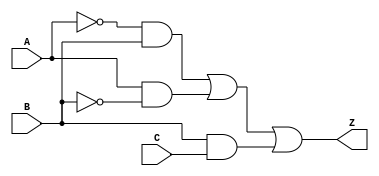
module prime_implicant_logic (
    input wire A,  // Input variable A
    input wire B,  // Input variable B
    input wire C,  // Input variable C
    output wire Z  // Output representing the evaluated Boolean function
);

// Define the prime implicants based on the hypothetical Boolean function
// For example, let's say the simplified expression is: Z = A'B + AB' + BC
// This means we have the following prime implicants:
// 1. A'B
// 2. AB'
// 3. BC

// Intermediate signals for the AND operations
wire A_not;       // A'
wire B_not;       // B'
wire A_and_B;     // A'B
wire A_and_B_not; // AB'
wire B_and_C;     // BC

// NOT gates for A and B
assign A_not = ~A; // A'
assign B_not = ~B; // B'

// AND operations for the prime implicants
assign A_and_B = A_not & B;       // A'B
assign A_and_B_not = A & B_not;   // AB'
assign B_and_C = B & C;           // BC

// OR operation to combine the prime implicants
assign Z = A_and_B | A_and_B_not | B_and_C; // Final output Z

endmodule